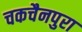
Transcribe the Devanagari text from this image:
चकचैनपुरा